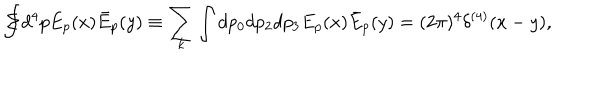
\Sigma \! \! \! \! \! \displaystyle { \int } d ^ { 4 } p E _ { p } ( x ) \bar { E } _ { p } ( y ) \equiv \sum _ { k } \int d p _ { 0 } d p _ { 2 } d p _ { 3 } E _ { p } ( x ) \bar { E } _ { p } ( y ) = ( 2 \pi ) ^ { 4 } \delta ^ { ( 4 ) } ( x - y ) ,